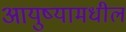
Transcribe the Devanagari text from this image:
आयुष्यामधील